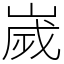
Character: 嵗